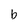
Character: b